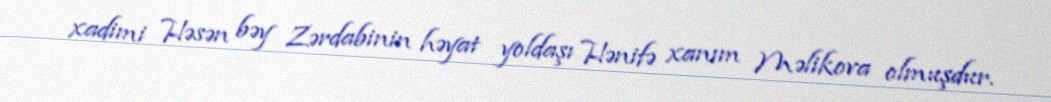
xadimi Həsən bəy Zərdabinin həyat yoldaşı Hənifə xanım Məlikova olmuşdur.